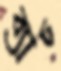
ব্যাচ